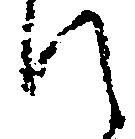
て